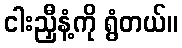
ငါးညှီနံ့ကို ရွံတယ်။